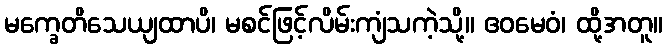
မက္ခေတိသေယျထာပိ၊ မစင်ဖြင့်လိမ်းကျံသကဲ့သို့။ ဧဝမေဝံ၊ ထို့အတူ။